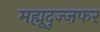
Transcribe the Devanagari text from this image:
मह्मूदुज्ज़फर